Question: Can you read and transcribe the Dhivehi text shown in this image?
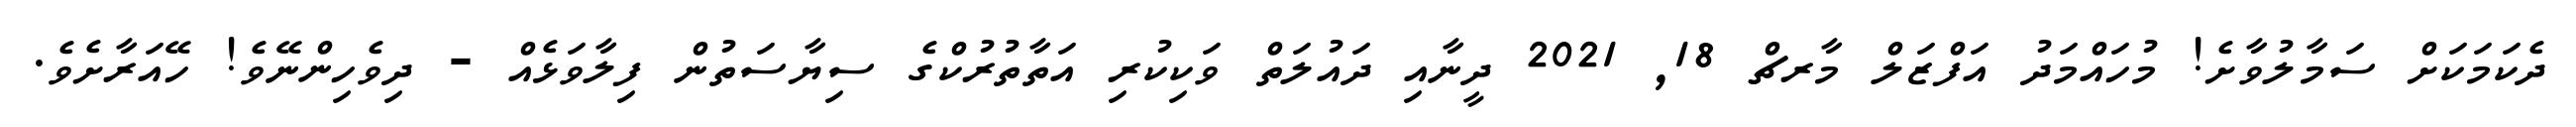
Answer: ދެކަމަކަށް ސަމާލުވާށެ! މުހައްމަދު އަފްޒަލް މާރޗް 18, 2021 ދީނާއި ދައުލަތް ވަކިކުރި އަތާތުރުކްގެ ސިޔާސަތުން ފިލާވަޅެއް - ދިވެހިންނޭވެ! ހޭއަރާށެވެ.